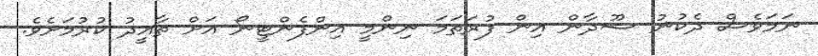
ނަމަވެސް ދެކުނު ސޫދާން އިން ފުރަތަމަ ނިންމީ އިންފެންޓީނޯ އަށް ތާއީދު ކުރުމަށެވެ.